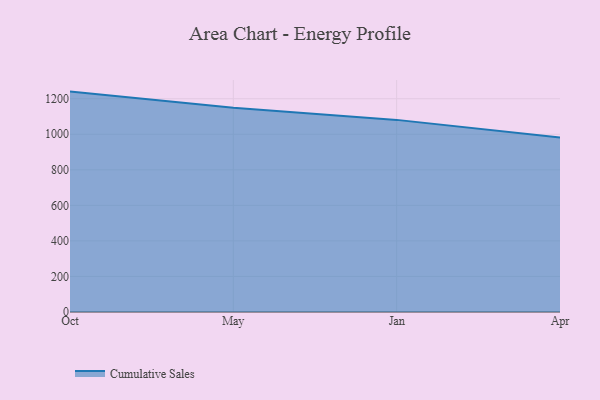
{"axis": {"x": "Month", "y": "Headcount"}, "legend": ["Cumulative Sales"], "data": [{"x": "Oct", "y": 1240.0, "type": "Cumulative Sales"}, {"x": "May", "y": 1149.2, "type": "Cumulative Sales"}, {"x": "Jan", "y": 1080.9, "type": "Cumulative Sales"}, {"x": "Apr", "y": 981.3, "type": "Cumulative Sales"}]}